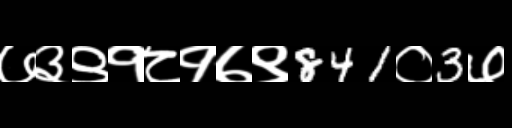
Text: ७३९१८१७९841०3७